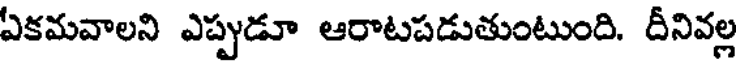
ఏకమవాలని ఎప్పుడూ ఆరాటపడుతుంటుంది. దీనివల్ల